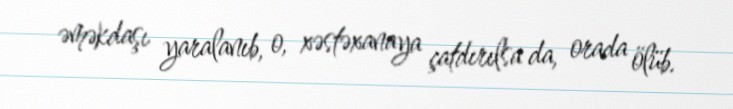
əməkdaşı yaralanıb, o, xəstəxanaya çatdırılsa da, orada ölüb.